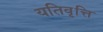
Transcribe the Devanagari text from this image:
यतिवृत्ति